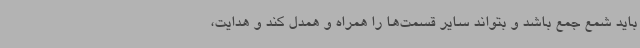
باید شمع جمع باشد و بتواند سایر قسمت‌ها را همراه و همدل کند و هدایت،